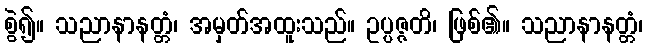
စွဲ၍။ သညာနာနတ္တံ၊ အမှတ်အထူးသည်။ ဥပ္ပဇ္ဇတိ၊ ဖြစ်၏။ သညာနာနတ္တံ၊